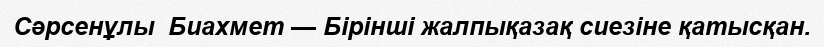
Сәрсенұлы  Биахмет — Бірінші жалпықазақ сиезіне қатысқан.